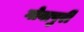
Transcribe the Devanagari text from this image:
गोवापुरी